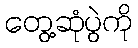
တွေ့ဆုံပွဲကို